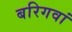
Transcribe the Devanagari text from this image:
बरिगवां